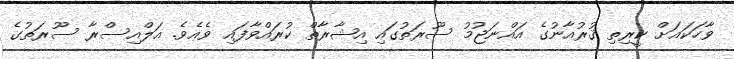
ވާހަކައަށް ކީރިތި ޤުރުއާނުގެ އައްނަޖުމު ސޫރަތުގައި އިޝާރާތް ކުރައްވާފައި ވެއެވެ. އަލްއިސްރާ ސޫރަތުގެ